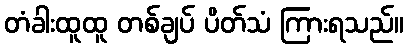
တံခါးထူထူ တစ်ချပ် ပိတ်သံ ကြားရသည်။